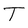
Character: T